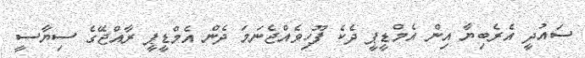
ސައުދީ އެެރެބިޔާ އިން އެމްޑީޕީ ދެކެ ފޫހިވެއްޖެނަމަ ދެން އެމްޑީޕީ ރާއްޖޭގެ ސިޔާސީ